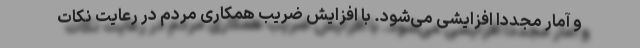
و آمار مجددا افزایشی می‌شود. با افزایش ضریب همکاری مردم در رعایت نکات